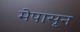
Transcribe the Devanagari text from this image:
मेपासून